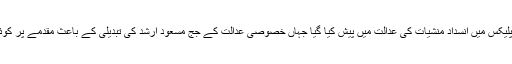
رانا ثناءاللہ اور انکے خلاف مقدمے میں شریک ملزموں کو جوڈیشل کمپلیکس میں انسداد منشیات کی عدالت میں پیش کیا گیا جہاں خصوصی عدالت کے جج مسعود ارشد کی تبدیلی کے باعث مقدمے پر کوئی کارروائی نہ ہو سکی اور جوڈیشل ریمانڈ میں مزید اضافہ کر دیا گیا۔